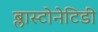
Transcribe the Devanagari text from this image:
ब्लास्टोनेटिडी